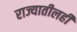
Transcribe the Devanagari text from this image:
राज्यातीलही